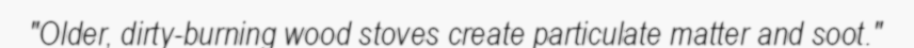
"Older, dirty-burning wood stoves create particulate matter and soot."